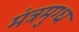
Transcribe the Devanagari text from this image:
मंत्रमुग्‍ध